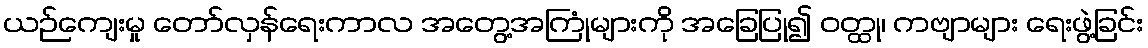
ယဉ်ကျေးမှု တော်လှန်ရေးကာလ အတွေ့အကြုံများကို အခြေပြု၍ ဝတ္ထု၊ ကဗျာများ ရေးဖွဲ့ခြင်း